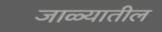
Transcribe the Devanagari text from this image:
जाळ्यातील